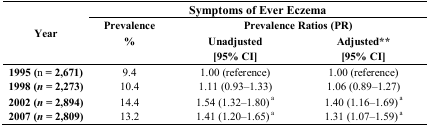
| <ROWSPAN=3> Year | <COLSPAN=3> Symptoms of Ever Eczema |
 | <ROWSPAN=2> Prevalence % | <COLSPAN=2> Prevalence Ratios (PR) |
 | Unadjusted [95% CI] | Adjusted** [95% CI] |
 | --- | --- | --- | --- |
 | 1995 (n = 2,671) | 9.4 | 1.00 (reference) | 1.00 (reference) |
 | 1998 (n = 2,273) | 10.4 | 1.11 (0.93–1.33) | 1.06 (0.89–1.27) |
 | 2002 (n = 2,894) | 14.4 | 1.54 (1.32–1.80) a | 1.40 (1.16–1.69) a |
 | 2007 (n = 2,809) | 13.2 | 1.41 (1.20–1.65) a | 1.31 (1.07–1.59) a |